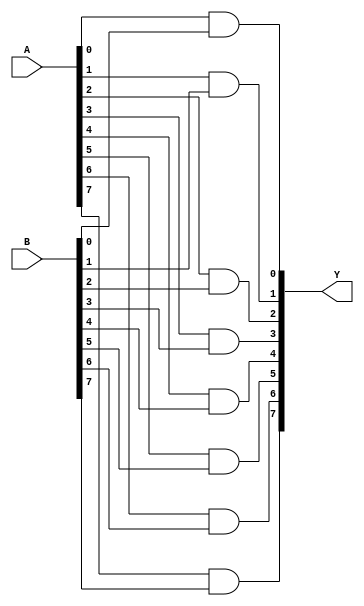
`timescale 1ns / 1ps
//////////////////////////////////////////////////////////////////////////////////
// Company: 
// Engineer: 
// 
// Design Name: 
// Module Name: AND_gate
// Project Name: 
// Target Devices: 
// Tool Versions: 
// Description: 
// 
// Dependencies: 
// 
// Revision:
// Revision 0.01 - File Created
// Additional Comments:
// 
//////////////////////////////////////////////////////////////////////////////////


module AND_gate(
output [7:0]Y,
input [7:0]A,B
    );
    
    and a1(Y[0],A[0],B[0]);
    and a2(Y[1],A[1],B[1]);
    and a3(Y[2],A[2],B[2]);
    and a4(Y[3],A[3],B[3]);
    and a5(Y[4],A[4],B[4]);
    and a6(Y[5],A[5],B[5]);
    and a7(Y[6],A[6],B[6]);
    and a8(Y[7],A[7],B[7]);
    //and a9(Y[8],A[8],B[8]);
    
endmodule